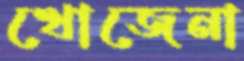
খোজেনা